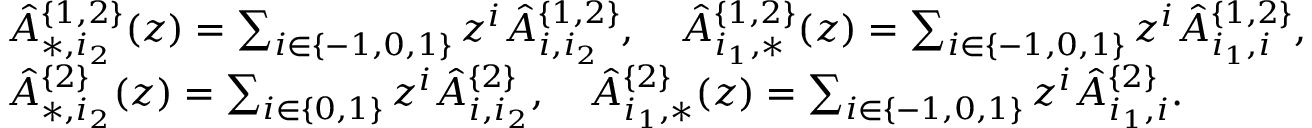
\begin{array} { r l } & { \hat { A } _ { * , i _ { 2 } } ^ { \{ 1 , 2 \} } ( z ) = \sum _ { i \in \{ - 1 , 0 , 1 \} } z ^ { i } \hat { A } _ { i , i _ { 2 } } ^ { \{ 1 , 2 \} } , \quad \hat { A } _ { i _ { 1 } , * } ^ { \{ 1 , 2 \} } ( z ) = \sum _ { i \in \{ - 1 , 0 , 1 \} } z ^ { i } \hat { A } _ { i _ { 1 } , i } ^ { \{ 1 , 2 \} } , } \\ & { \hat { A } _ { * , i _ { 2 } } ^ { \{ 2 \} } ( z ) = \sum _ { i \in \{ 0 , 1 \} } z ^ { i } \hat { A } _ { i , i _ { 2 } } ^ { \{ 2 \} } , \quad \hat { A } _ { i _ { 1 } , * } ^ { \{ 2 \} } ( z ) = \sum _ { i \in \{ - 1 , 0 , 1 \} } z ^ { i } \hat { A } _ { i _ { 1 } , i } ^ { \{ 2 \} } . } \end{array}